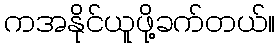
ကအနိုင်ယူဖို့ခက်တယ်။